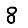
Digit: 8